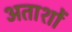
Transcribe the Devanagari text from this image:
अताशों